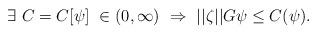
LaTeX: \begin{align*} \exists \ C = C[\psi] \ \in (0,\infty) \ \Rightarrow \ ||\zeta||G\psi \le C(\psi).\end{align*}